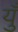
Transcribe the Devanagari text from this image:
युँ